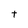
Character: t